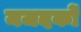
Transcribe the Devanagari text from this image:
मजदकों